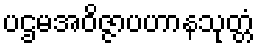
ပဌမအဝိဇ္ဇာပဟာနသုတ္တံ